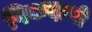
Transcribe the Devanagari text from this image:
पिकदाणी